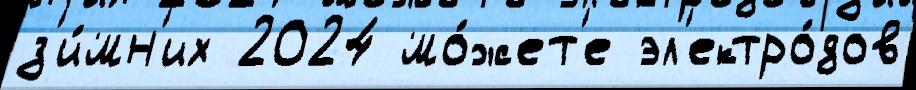
з'и́мн'их 2024 мо́жет'е эл'ектро́дов